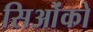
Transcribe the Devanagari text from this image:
सिओंको